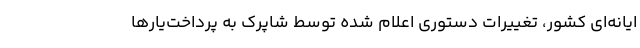
ایانه‌ای کشور، تغییرات دستوری اعلام شده توسط شاپرک به پرداخت‌یارها